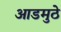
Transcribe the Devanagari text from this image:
आडमुठे